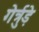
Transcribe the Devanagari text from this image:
गेर्त्रुड़े